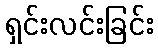
ရှင်းလင်းခြင်း